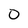
Character: 0